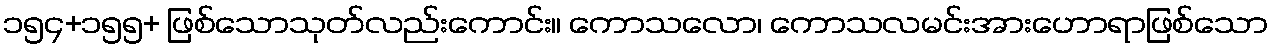
၁၅၄+၁၅၅+ ဖြစ်သောသုတ်လည်းကောင်း။ ကောသလော၊ ကောသလမင်းအားဟောရာဖြစ်သော